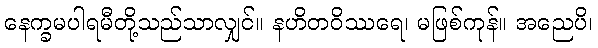
နေက္ခမပါရမီတို့သည်သာလျှင်။ နဟိတဝိဿရေ၊ မဖြစ်ကုန်။ အညေပိ၊